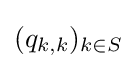
(q_{k,k})_{k\in S}